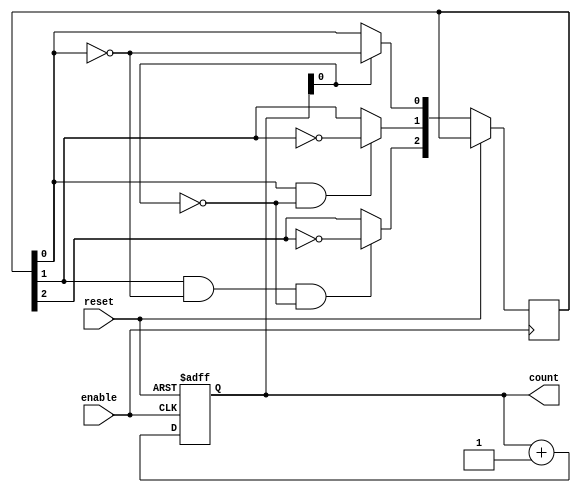
module dynamic_async_counter (
    input wire enable,        // Enable signal
    input wire reset,         // Asynchronous reset signal
    output reg [3:0] count    // 4-bit counter output
);

    // Always block triggered by the reset or enable signal
    always @ (posedge enable or posedge reset) begin
        if (reset) begin
            count <= 4'b0000;  // Reset counter to zero
        end else begin
            count <= count + 1; // Increment counter on enable
        end
    end

    // Second stage logic to manage flip-flop toggling as per async counting
    always @ (posedge enable or posedge reset) begin
        if (reset) begin
            // Do nothing as the reset takes priority
        end else begin
            // Toggle for each flip-flop based on the previous state
            if (count[0] == 1'b1) begin
                count[1] <= ~count[1]; // Toggle 2nd bit if LSB is 1
            end
            if (count[1] == 1'b1 && count[0] == 1'b0) begin
                count[2] <= ~count[2]; // Toggle 3rd bit if 2nd bit goes from 1 to 0
            end
            if (count[2] == 1'b1 && count[1] == 1'b0 && count[0] == 1'b0) begin
                count[3] <= ~count[3]; // Toggle 4th bit if 3rd bit goes from 1 to 0
            end
        end
    end
endmodule